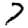
Digit: 7